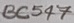
Text: BC547